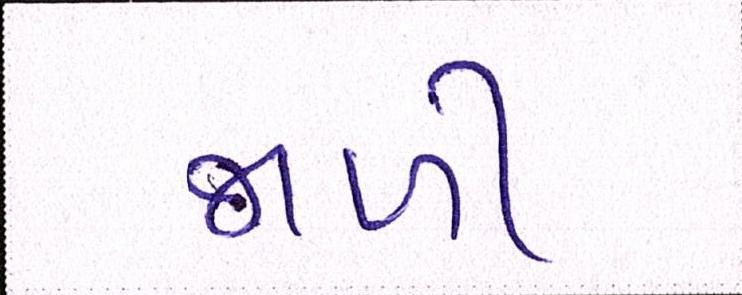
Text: જાળી